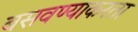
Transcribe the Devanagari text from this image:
बसवण्याकरता